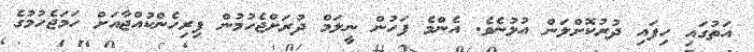
އަތުގައި ހިފައި ދުރުކޮށްލަން އުޅުނެވެ. އެންމެ ފަހުން ނީލަމް ދުރަށްޖެހުމުން ފިރިހެންކުއްޖާއަށް ހަމަޖެހުމުގެ